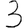
Digit: 3